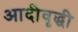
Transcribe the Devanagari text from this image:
आदीवृद्धी